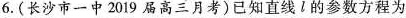
6.(长沙市一中2019届高三月考)已知直线l的参数方程为